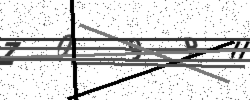
Text: Z09PH